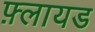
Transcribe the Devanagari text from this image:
फ़्लायड